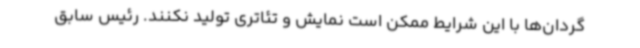
گردان‌ها با این شرایط ممکن است نمایش و تئاتری تولید نکنند. رئیس سابق